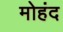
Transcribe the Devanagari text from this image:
मोहंद